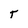
Character: T